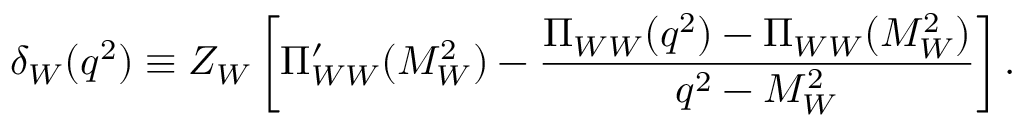
\delta _ { W } ( q ^ { 2 } ) \equiv Z _ { W } \left[ \Pi _ { W W } ^ { \prime } ( M _ { W } ^ { 2 } ) - \frac { \Pi _ { W W } ( q ^ { 2 } ) - \Pi _ { W W } ( M _ { W } ^ { 2 } ) } { q ^ { 2 } - M _ { W } ^ { 2 } } \right] .